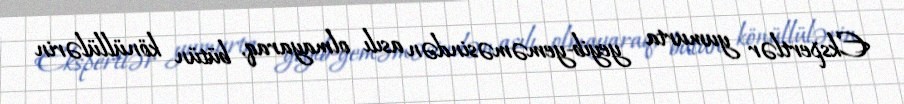
Ekspertlər yumurta yeyib-yeməməsindən asılı olmayaraq, bütün könüllülərin